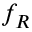
f _ { R }